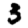
Digit: 3